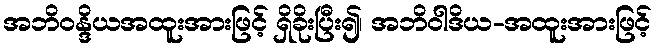
အဘိဝန္ဒိယအထူးအားဖြင့် ရှိခိုးပြီး၍၊ အဘိဝါဒိယ-အထူးအားဖြင့်